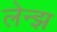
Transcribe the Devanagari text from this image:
लेन्झ